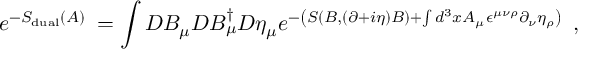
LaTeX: e ^ { - S _ { \mathrm { d u a l } } ( A ) \; } = \int D B _ { \mu } D B _ { \mu } ^ { \dagger } D \eta _ { \mu } e ^ { - \left( S ( B , ( \partial + i \eta ) B ) + \int d ^ { 3 } x A _ { \mu } \epsilon ^ { \mu \nu \rho } \partial _ { \nu } \eta _ { \rho } \right) \; } \; ,